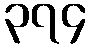
၃၇၄